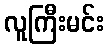
လူကြီးမင်း